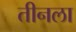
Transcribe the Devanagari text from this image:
तीनला